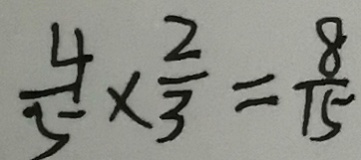
\frac { 4 } { 5 } \times \frac { 2 } { 3 } = \frac { 8 } { 1 5 }